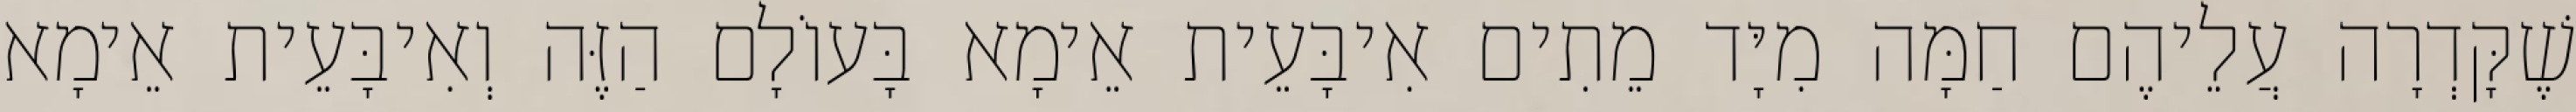
שֶׁקָּדְרָה עֲלֵיהֶם חַמָּה מִיָּד מֵתִים אִיבָּעֵית אֵימָא בָּעוֹלָם הַזֶּה וְאִיבָּעֵית אֵימָא